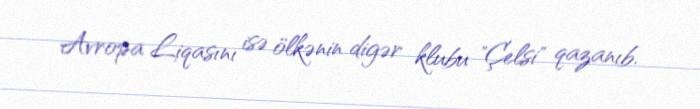
Avropa Liqasını isə ölkənin digər klubu "Çelsi" qazanıb.